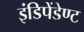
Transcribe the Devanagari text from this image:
इंडिपेंडेण्ट